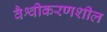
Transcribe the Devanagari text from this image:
वैश्वीकरणशील